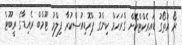
ރޯ އުތޯގު ޑައިރެކްޓްކޮށް ގްރަހަމް ކިންގު ޕްރޮޑިއުސްކުރާ ފިލްމު ޓޫމްބް ރެއިޑާގެ ރީބޫޓް